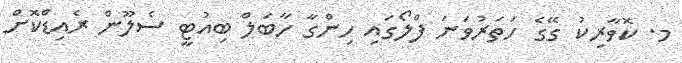
މ. ކޮވާރިކު ގޭގެ ހަތަރުވަނަ ފްލޯގައި ހިންގާ ހާބަލް ބިއުޓީ ސެލޫން ރެއިޑްކޮށް